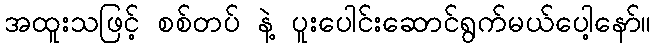
အထူးသဖြင့် စစ်တပ် နဲ့ ပူးပေါင်းဆောင်ရွက်မယ်ပေါ့နော်။